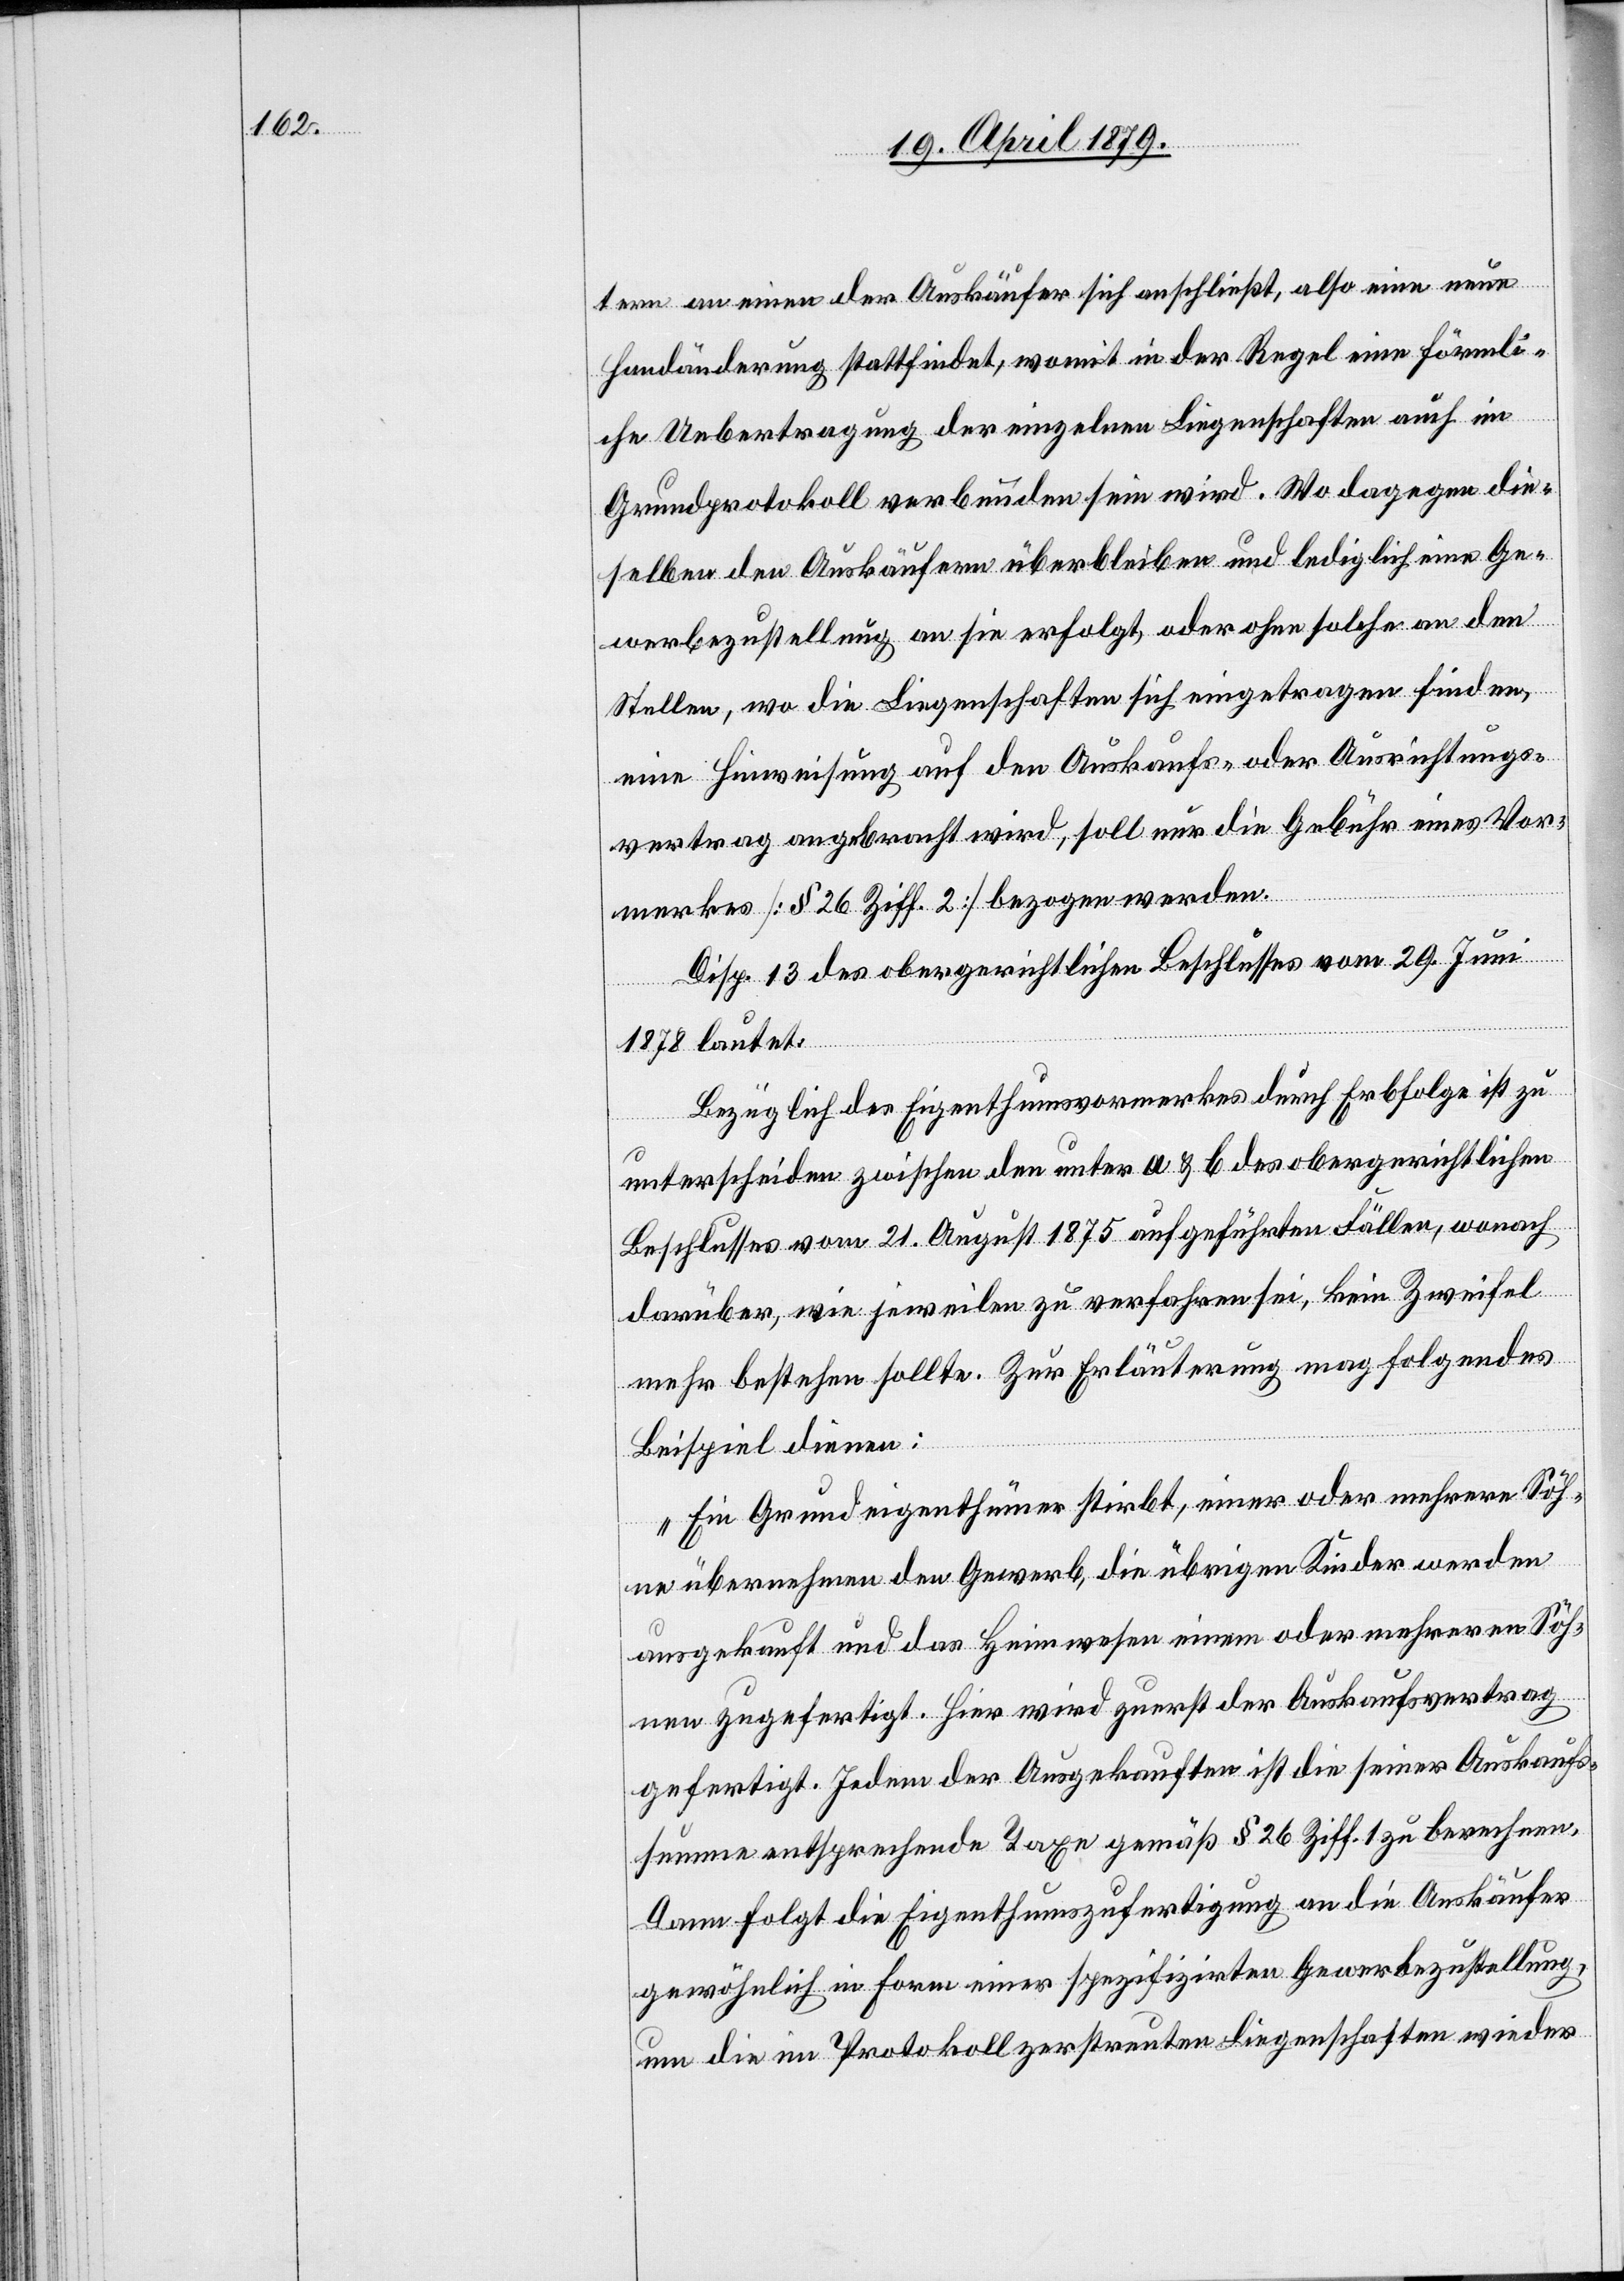
tern an einen der Auskäufer sich anschließt, also eine neue
Handänderung stattfindet, womit in der Regel eine förmli¬
che Uebertragung der einzelnen Liegenschaften auch im
Grundprotokoll verbunden sein wird. Wo dagegen die¬
selben den Auskäufern überbleiben und lediglich eine Ge¬
werbezustellung an sie erfolgt, oder ohne solche an den
Stellen, wo die Liegenschaften sich eingetragen finden,
eine Hinweisung auf den Auskaufs- oder Ausrichtungs¬
vertrag angebracht wird, soll nur die Gebühr eines Vor¬
merkes [§ 26 Ziff. 2] bezogen werden.
Disp. 13 des obergerichtlichen Beschlusses vom 29. Juni
1878 lautet:
Bezüglich des Eigenthumsvormerkes durch Erbfolge ist zu
unterscheiden zwischen den unter a & b des obergerichtlichen
Beschlusses vom 21. August 1875 aufgeführten Fällen, wonach
darüber, wie jeweilen zu verfahren sei, kein Zweifel
mehr bestehen sollte. Zur Erläuterung mag folgendes
Beispiel dienen:
„Ein Grundeigenthümer stirbt, einer oder mehrere Söh¬
ne übernehmen den Gewerb, die übrigen Kinder werden
ausgekauft und das Heimwesen einem oder mehreren Söh¬
nen zugefertigt. Hier wird zuerst der Auskaufsvertrag
gefertigt. Jedem der Ausgekauften ist die seiner Auskaufs¬
summe entsprechende Taxe gemäß § 26 Ziff. 1 zu berechnen.
Dann folgt die Eigenthumszufertigung an die Auskäufer
gewöhnlich in Form einer spezifizirten Gewerbezustellung,
um die im Protokoll zerstreuten Liegenschaften wieder